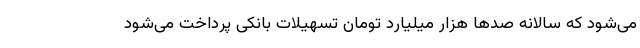
می‌شود که سالانه صدها هزار میلیارد تومان تسهیلات بانکی پرداخت می‌شود